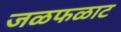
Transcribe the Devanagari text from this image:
जळफळाट